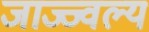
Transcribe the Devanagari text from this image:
जाज्ज्वल्य